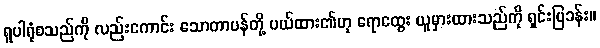
ရူပါရုံစသည်ကို လည်းကောင်း သောတာပန်တို့ ပယ်ထား၏ဟု ရောထွေး ယူမှားထားသည်ကို ရှင်းပြခန်း။